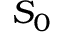
{ { S } _ { 0 } }